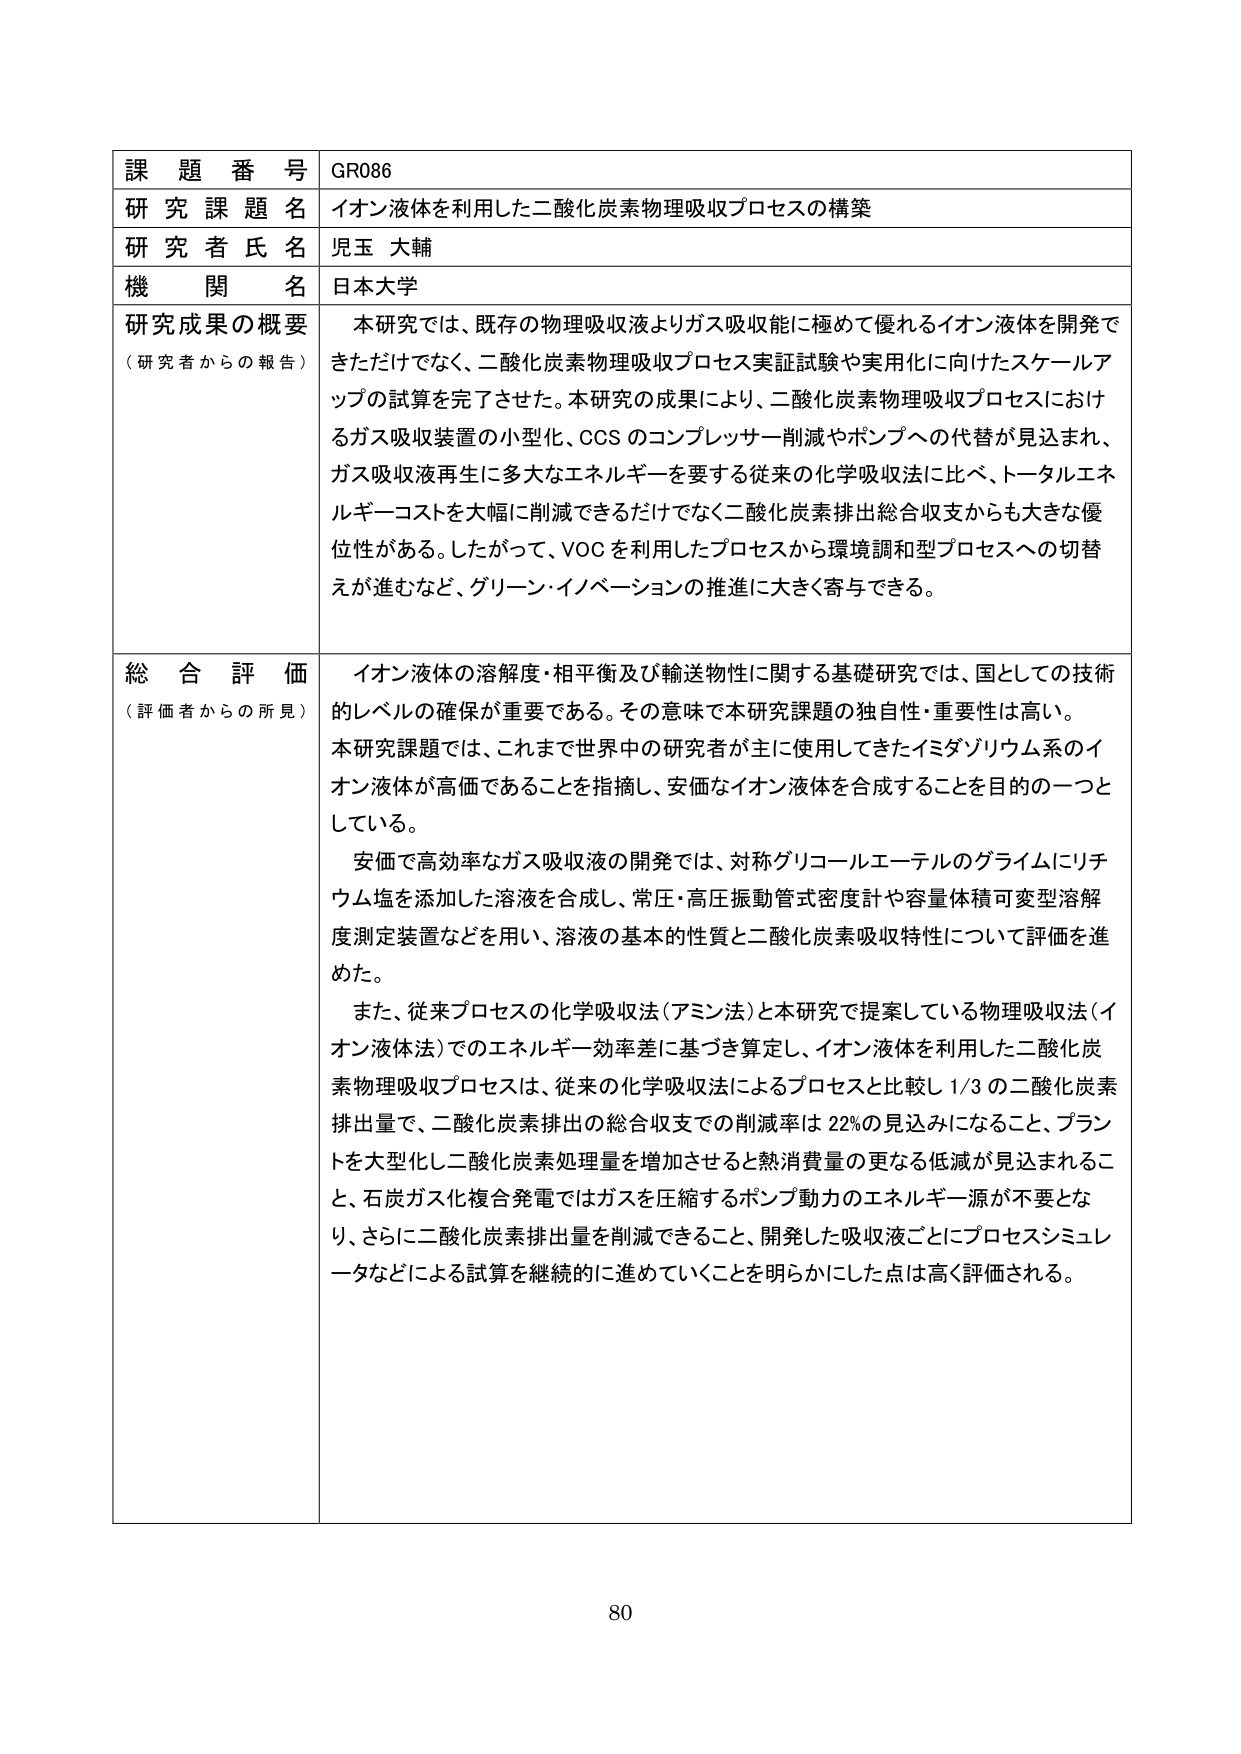
課題番号 GR086
研究課題名 イオン液体を利用した二酸化炭素物理吸収プロセスの構築
研究者氏名 児玉 大輔
機関名 日本大学

研究成果の概要
（研究者からの報告）
本研究では、既存の物理吸収液よりガス吸収能に極めて優れるイオン液体を開発できただけでなく、二酸化炭素物理吸収プロセス実証試験や実用化に向けたスケールアップの試算を完了させた。本研究の成果により、二酸化炭素物理吸収プロセスにおけるガス吸収装置の小型化、CCSのコンプレッサー削減やポンプへの代替が見込まれ、ガス吸収液再生に多大なエネルギーを要する従来の化学吸収法に比べ、トータルエネルギー・コストを大幅に削減できるだけでなく二酸化炭素排出総合収支からも大きな優位性がある。したがって、VOCを利用したプロセスから環境調和型プロセスへの切替えが進むなど、グリーン・イノベーションの推進に大きく寄与できる。

総合評価
（評価者からの所見）
イオン液体の溶解度・相平衡及び輸送物性に関する基礎研究では、国としての技術的レベルの確保が重要である。その意味で本研究課題の独自性・重要性は高い。
本研究課題では、これまで世界中の研究者が主に使用してきたイミダゾリウム系のイオン液体が高価であることを指摘し、安価なイオン液体を合成することを目的の一つとしている。
安価で高効率なガス吸収液の開発では、対称グリコールエーテルのグライムにリチウム塩を添加した溶液を合成し、常圧・高圧振動管式密度計や容量体積可変型溶解度測定装置などを用い、溶液の基本的性質と二酸化炭素吸収特性について評価を進めた。
また、従来プロセスの化学吸収法（アミン法）と本研究で提案している物理吸収法（イオン液体法）でのエネルギー効率差に基づき算定し、イオン液体を利用した二酸化炭素物理吸収プロセスは、従来の化学吸収法によるプロセスと比較し1/3の二酸化炭素排出量で、二酸化炭素排出の総合収支での削減率は22％の見込みになること、プラントを大型化し二酸化炭素処理量を増加させると熱消費量の更なる低減が見込まれること、石炭ガス化複合発電ではガスを圧縮するポンプ動力のエネルギー源が不要となり、さらに二酸化炭素排出量を削減できること、開発した吸収液ごとにプロセスシミュレータなどによる試算を継続的に進めていくことを明らかにした点は高く評価される。

80